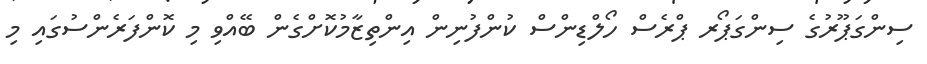
ސިންގަޕޫރުގެ ސިންގަޕޯރ ޕްރެސް ހޯލްޑިންސް ކުންފުނިން އިންތިޒާމުކޮށްގެން ބޭއްވި މި ކޮންފަރެންސުގައި މި